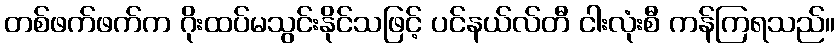
တစ်ဖက်ဖက်က ဂိုးထပ်မသွင်းနိုင်သဖြင့် ပင်နယ်လ်တီ ငါးလုံးစီ ကန်ကြရသည်။